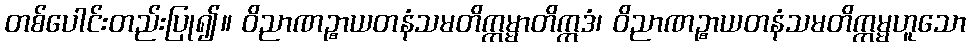
တစ်ပေါင်းတည်းပြု၍။ ဝိညာဏဉ္စာယတနံသမတိက္ကမ္မာတိဣဒံ၊ ဝိညာဏဉ္စာယတနံသမတိက္ကမ္မဟူသော